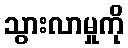
သွားလာမှုကို